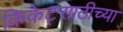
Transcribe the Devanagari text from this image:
क्रिकेट्साठीच्या